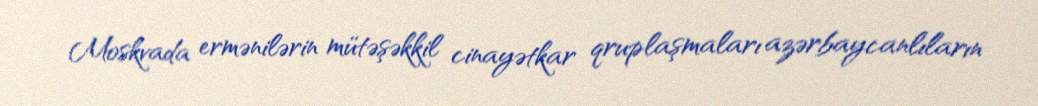
Moskvada ermənilərin mütəşəkkil cinayətkar qruplaşmaları azərbaycanlıların